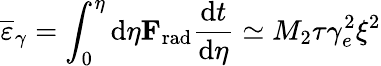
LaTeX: \overline{{\varepsilon}}_{\gamma}=\int_{0}^{\eta}\mathrm{d}\eta{\mathbf F}_{\mathrm{rad}}\frac{\mathrm{d}t}{\mathrm{d}\eta}\simeq M_{2}\tau\gamma_{e}^{2}\xi^{2}